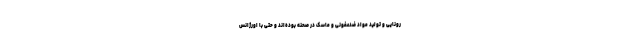
رونایی و تولید مواد ضدعفونی و ماسک در صحنه بوده‌اند و حتی با اورژانس